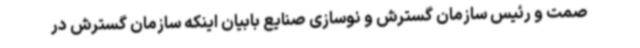
صمت و رئیس سازمان گسترش و نوسازی صنایع بابیان اینکه سازمان گسترش در